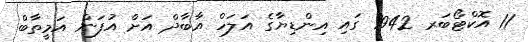
11 އޮކްޓޯބަރ 1942 ގައި އިންޑިޔާގެ އަލަހް އާބާދް އަށް އުފަން އަމީތާބް